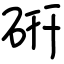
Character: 硏